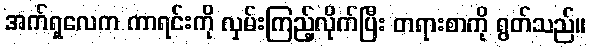
အက်ရှလေက ကာရင်းကို လှမ်းကြည့်လိုက်ပြီး တရားစာကို ရွတ်သည်။